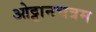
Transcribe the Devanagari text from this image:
ओट्टानचत्रम